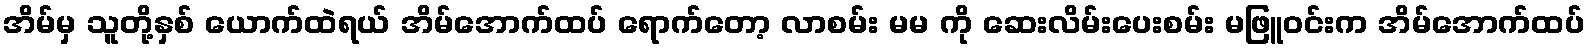
အိမ်မှ သူတို့နှစ် ယောက်ထဲရယ် အိမ်အောက်ထပ် ရောက်တော့ လာစမ်း မမ ကို ဆေးလိမ်းပေးစမ်း မဖြူဝင်းက အိမ်အောက်ထပ်